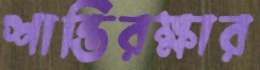
শান্তিরক্ষার